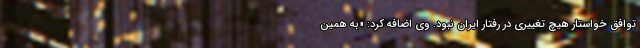
توافق خواستار هیچ تغییری در رفتار ایران نبود. وی اضافه کرد: «به همین